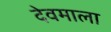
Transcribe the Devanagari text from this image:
देवमाला